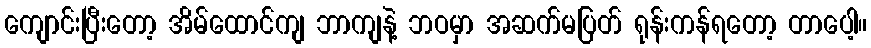
ကျောင်းပြီးတော့ အိမ်ထောင်ကျ ဘာကျနဲ့ ဘဝမှာ အဆက်မပြတ် ရုန်းကန်ရတော့ တာပေါ့။